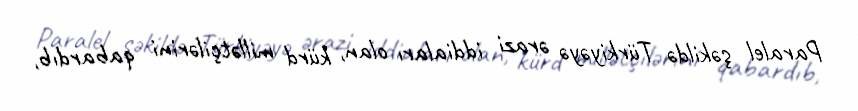
Paralel şəkildə Türkiyəyə ərazi iddiaları olan, kürd millətçilərini qabardıb,